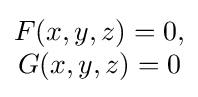
{\begin{matrix}F(x,y,z)=0,\\G(x,y,z)=0\end{matrix}}